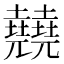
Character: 㚁